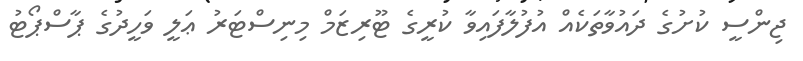
ޖިންސީ ކުށުގެ ދައުވާތަކެއް އުފުލާފައިވާ ކުރީގެ ޓޫރިޒަމް މިނިސްޓަރު ޢަލީ ވަހީދުގެ ޕާސްޕޯޓު